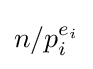
n/p_{i}^{e_{i}}